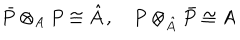
\bar { P } \otimes _ { A } P \cong \hat { A } \, , \quad P \otimes _ { \hat { A } } \bar { P } \cong A